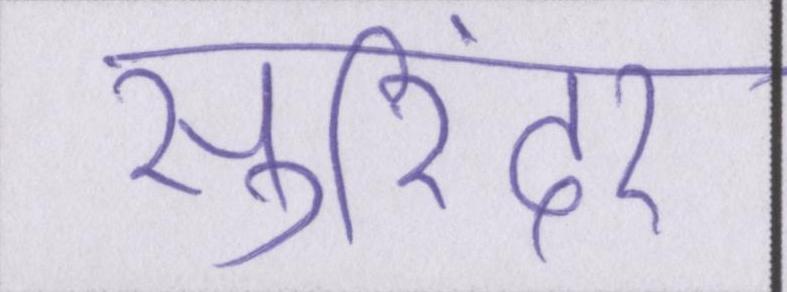
सुरिंदर